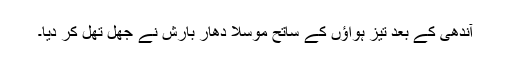
آندھی کے بعد تیز ہواؤں کے ساتح موسلا دھار بارش نے جھل تھل کر دیا۔